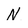
Character: N